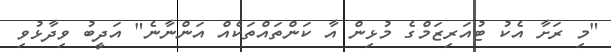
"މި ރަށާ އެކު ޓުއަރިޒަމްގެ މުޅިން އާ ކަންތައްތަކެއް އަންނާނެ" އަދީބު ވިދާޅުވި